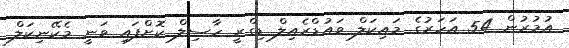
އުމުރުން 54 އަހަރުގެ މައިކަލް ވައުޑްރެއިލް ޑިގްރީ ހާސިލް ކޮށްފައި ވަނީ މެކޭނިކަލް